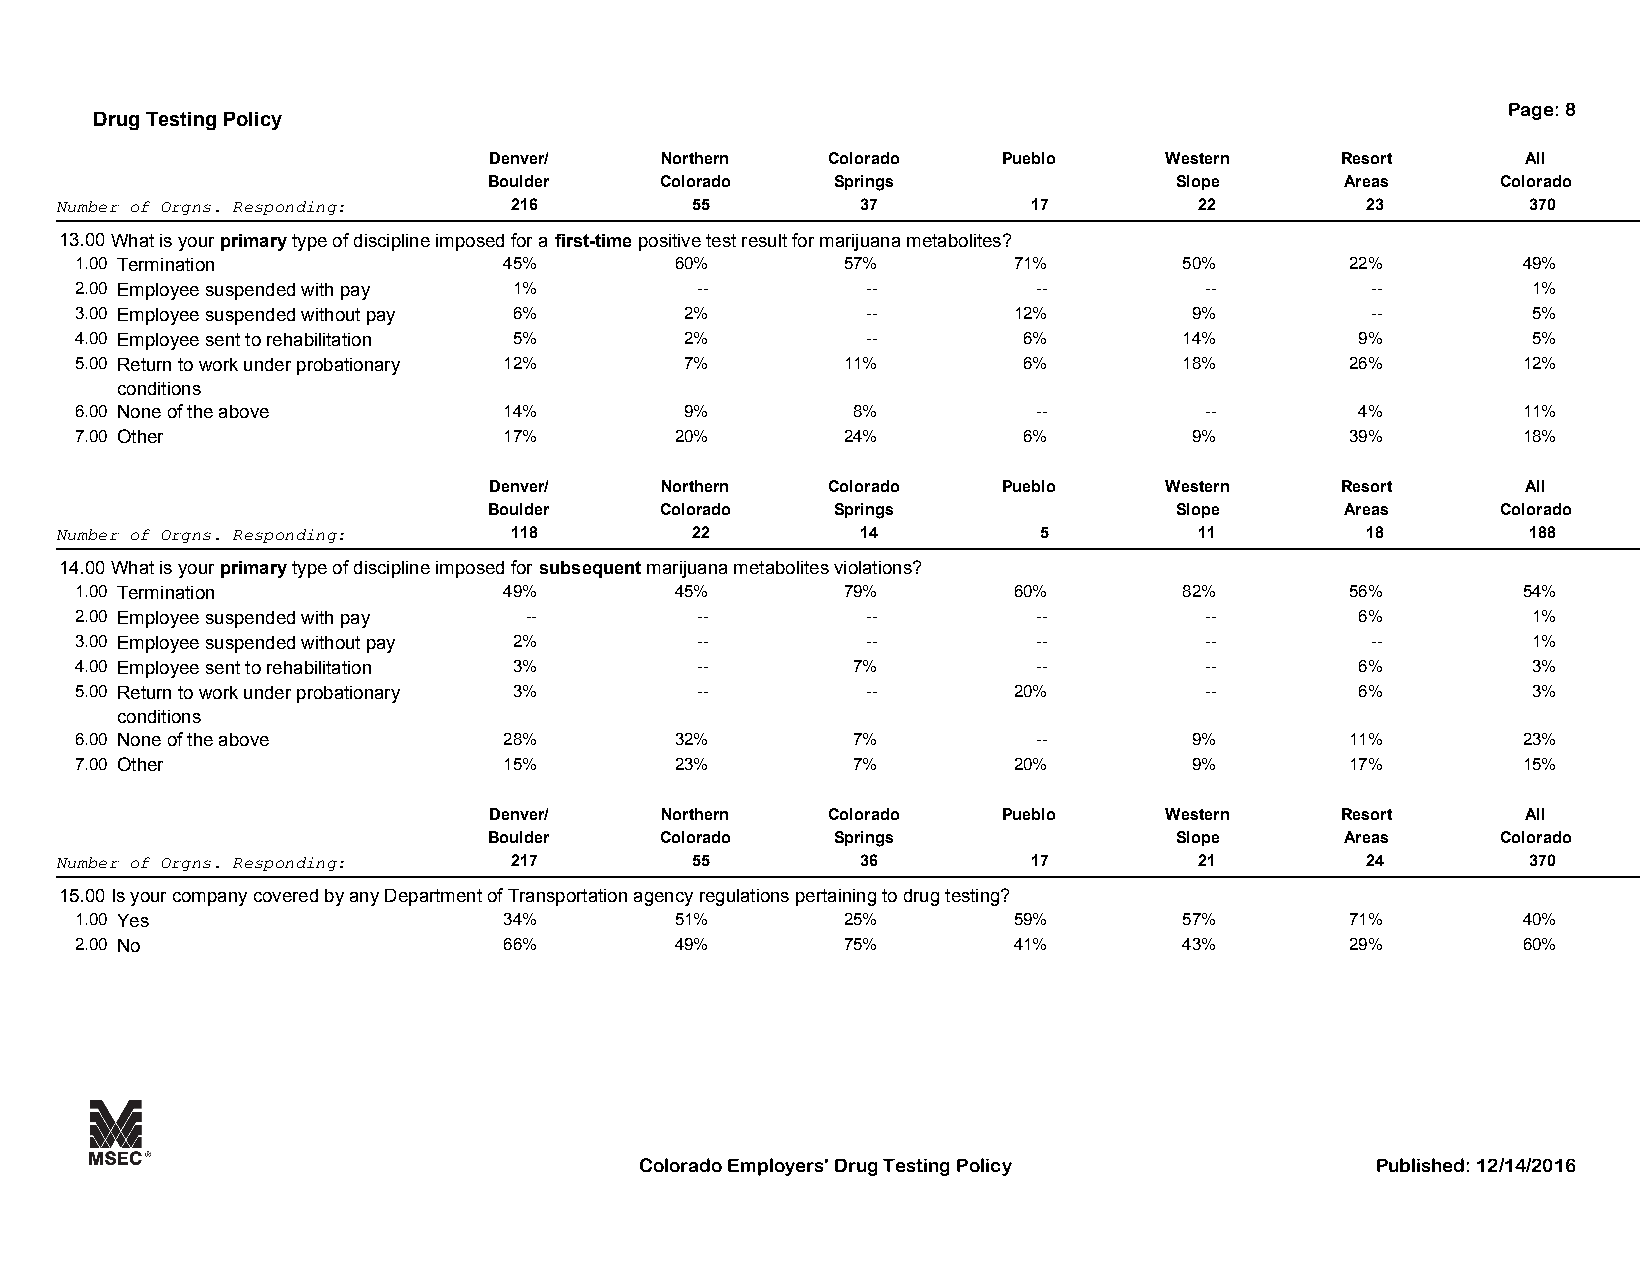
Page: 8
 Drug Testing Policy
 Denver/     Northern   Colorado   Pueblo     Western     Resort      All
 Boulder     Colorado   Springs                Slope      Areas     Colorado
 Number of Orgns. Responding:  216         55         37         17         22         23         370
 13.00What is your primary type of discipline imposed for a first-time positive test result for marijuana metabolites?
 1.00 Termination            45%         60%        57%        71%        50%        22%         49%
 2.00 Employee suspended with pay 1%      --         --          --         --         --        1%
 3.00 Employee suspended without pay 6%  2%          --        12%         9%          --        5%
 4.00 Employee sent to rehabilitation 5% 2%          --         6%        14%         9%         5%
 5.00 Return to work under probationary 12% 7%      11%         6%        18%        26%         12%
 conditions
 6.00 None of the above      14%         9%         8%           --         --        4%         11%
 7.00 Other                  17%         20%        24%         6%         9%        39%         18%
 Denver/     Northern   Colorado   Pueblo     Western     Resort      All
 Boulder     Colorado   Springs                Slope      Areas     Colorado
 Number of Orgns. Responding:  118         22         14          5         11         18         188
 14.00What is your primary type of discipline imposed for subsequent marijuana metabolites violations?
 1.00 Termination            49%         45%        79%        60%        82%        56%         54%
 2.00 Employee suspended with pay --      --         --          --         --        6%         1%
 3.00 Employee suspended without pay 2%   --         --          --         --         --        1%
 4.00 Employee sent to rehabilitation 3%  --        7%           --         --        6%         3%
 5.00 Return to work under probationary 3% --        --        20%          --        6%         3%
 conditions
 6.00 None of the above      28%         32%        7%           --        9%        11%         23%
 7.00 Other                  15%         23%        7%         20%         9%        17%         15%
 Denver/     Northern   Colorado   Pueblo     Western     Resort      All
 Boulder     Colorado   Springs                Slope      Areas     Colorado
 Number of Orgns. Responding:  217         55         36         17         21         24         370
 15.00Is your company covered by any Department of Transportation agency regulations pertaining to drug testing?
 1.00 Yes                    34%         51%        25%        59%        57%        71%         40%
 2.00 No                     66%         49%        75%        41%        43%        29%         60%
 Colorado Employers' Drug Testing Policy          Published: 12/14/2016